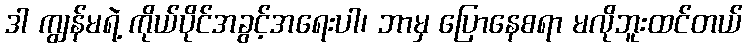
ဒါ ကျွန်မရဲ့ ကိုယ်ပိုင်အခွင့်အရေးပါ၊ ဘာမှ ပြောနေစရာ မလိုဘူးထင်တယ်